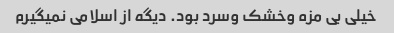
خیلی بی مزه وخشک وسرد بود. دیگه از اسلامی نمیگیرم